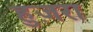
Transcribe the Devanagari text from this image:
हुज़रा